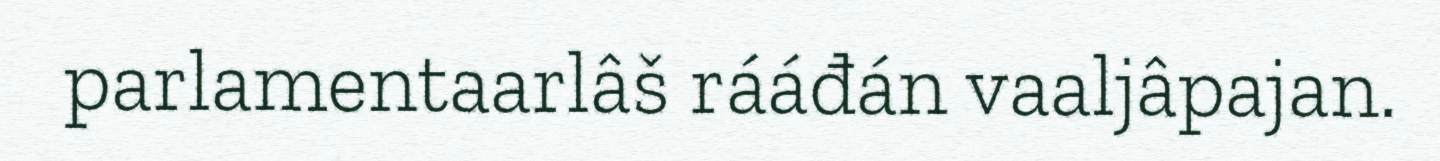
parlamentaarlâš rááđán vaaljâpajan.